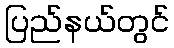
ပြည်နယ်တွင်